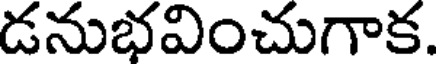
డనుభవించుగాక.